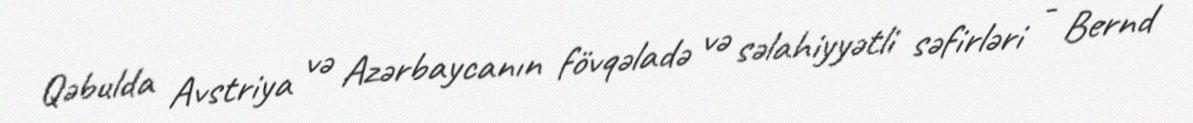
Qəbulda Avstriya və Azərbaycanın fövqəladə və səlahiyyətli səfirləri - Bernd